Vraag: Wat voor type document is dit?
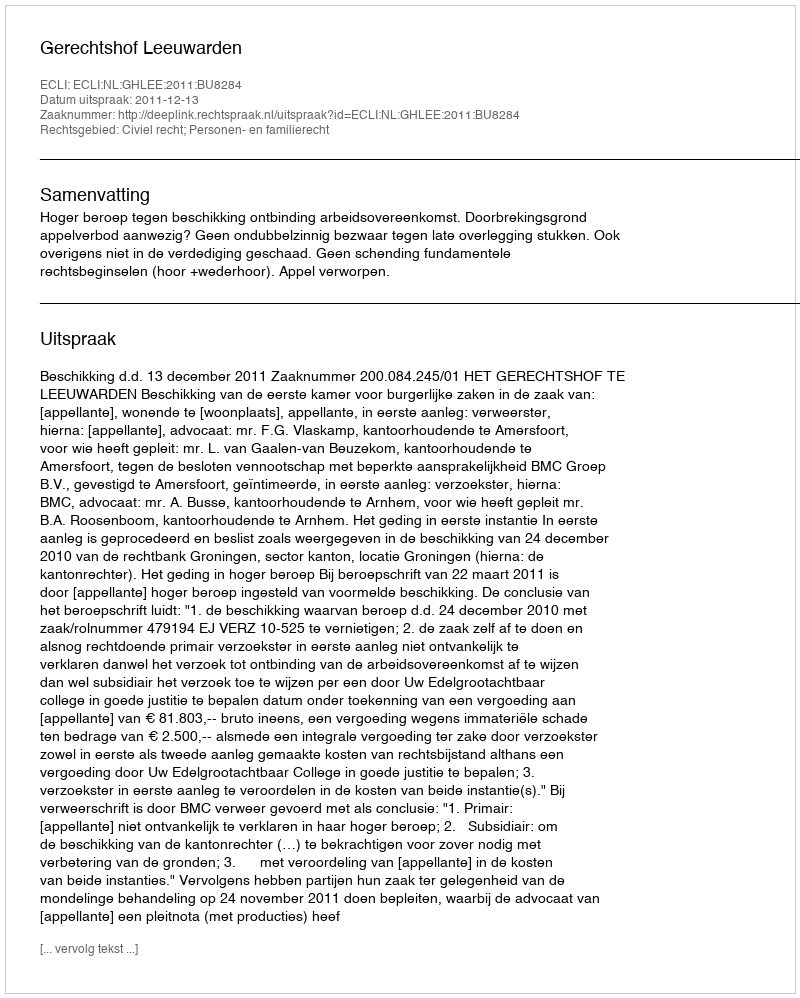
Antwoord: Uitspraak